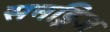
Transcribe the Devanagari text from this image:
सनड्रिज